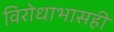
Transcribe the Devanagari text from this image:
विरोधाभासही